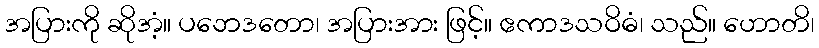
အပြားကို ဆိုအံ့။ ပဘေဒတော၊ အပြားအား ဖြင့်။ ဧကာဒသဝိဓံ၊ သည်။ ဟောတိ၊